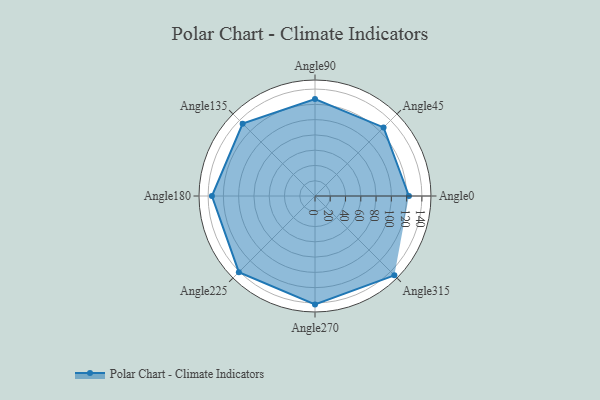
{"axis": {"x": "Angle", "y": "Radius"}, "legend": [""], "data": [{"x": "Angle0", "y": 123.0, "type": ""}, {"x": "Angle45", "y": 127.0, "type": ""}, {"x": "Angle90", "y": 127.0, "type": ""}, {"x": "Angle135", "y": 134.0, "type": ""}, {"x": "Angle180", "y": 135.0, "type": ""}, {"x": "Angle225", "y": 141.0, "type": ""}, {"x": "Angle270", "y": 142.0, "type": ""}, {"x": "Angle315", "y": 147.0, "type": ""}]}